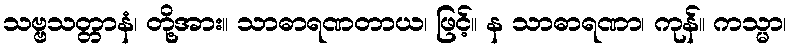
သဗ္ဗသတ္တာနံ၊ တို့အား။ သာဓာရဏတာယ၊ ဖြင့်။ န သာဓာရဏာ၊ ကုန်။ ကသ္မာ၊